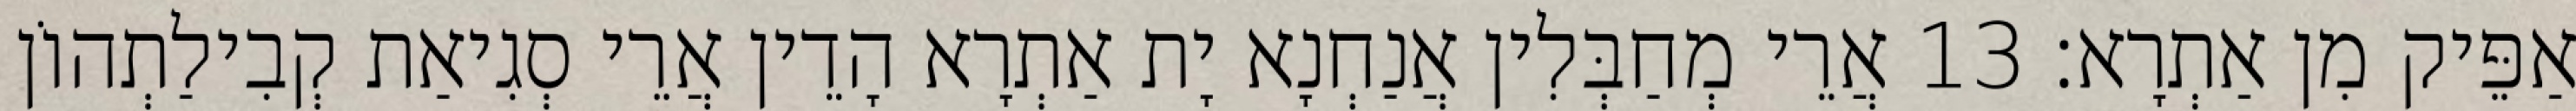
אַפֵּיק מִן אַתְרָא׃ 13 אֲרֵי מְחַבְּלִין אֲנַחְנָא יָת אַתְרָא הָדֵין אֲרֵי סְגִיאַת קְבִילַתְהוֹן